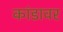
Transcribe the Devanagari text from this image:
कांडावर